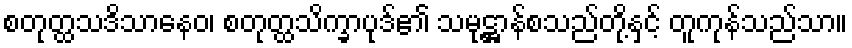
စတုတ္ထသဒိသာနေဝ၊ စတုတ္ထသိက္ခာပုဒ်၏ သမုဋ္ဌာန်စသည်တို့နှင့် တူကုန်သည်သာ။